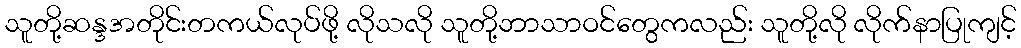
သူတို့ဆန္ဒအတိုင်းတကယ်လုပ်ဖို့ လိုသလို သူတို့ဘာသာဝင်တွေကလည်း သူတို့လို လိုက်နာပြုကျင့်